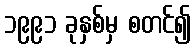
၁၉၉၁ ခုနှစ်မှ စတင်၍